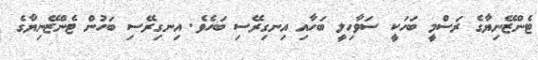
ޓެންޒޭނިޔާގެ ރަސްމީ ބަހަކީ ސަވާހިލީ ބަހާއި އިނގިރޭސި ބަހެވެ. އިނގިރޭސި ބަހުން ޓެންޒޭނިޔާގެ